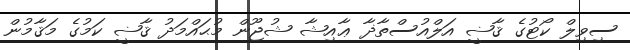
ސިވިލް ކޯޓުގެ ޤާޟީ އަލްއުސްތާޛާ ޢާއިޝާ ޝުޖޫން މުޙައްމަދު ޤާޟީ ކަމުގެ މަޤާމުން